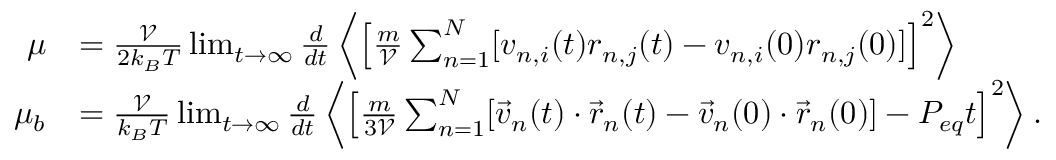
\begin{array} { r l } { \mu } & { = \frac { \mathcal { V } } { 2 k _ { B } T } \operatorname* { l i m } _ { t \to \infty } \frac { d } { d t } \left\langle \left[ \frac { m } { \mathcal { V } } \sum _ { n = 1 } ^ { N } [ v _ { n , i } ( t ) r _ { n , j } ( t ) - v _ { n , i } ( 0 ) r _ { n , j } ( 0 ) ] \right] ^ { 2 } \right\rangle } \\ { \mu _ { b } } & { = \frac { \mathcal { V } } { k _ { B } T } \operatorname* { l i m } _ { t \to \infty } \frac { d } { d t } \left\langle \left[ \frac { m } { 3 \mathcal { V } } \sum _ { n = 1 } ^ { N } [ \vec { v } _ { n } ( t ) \cdot \vec { r } _ { n } ( t ) - \vec { v } _ { n } ( 0 ) \cdot \vec { r } _ { n } ( 0 ) ] - P _ { e q } t \right] ^ { 2 } \right\rangle . } \end{array}